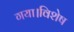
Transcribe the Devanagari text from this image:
गया।विशेष